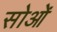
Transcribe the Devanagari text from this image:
सोओं